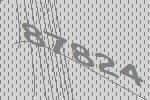
87824